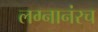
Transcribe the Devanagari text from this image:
लग्नानंरच